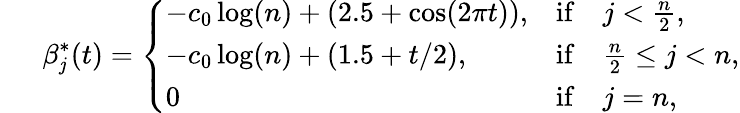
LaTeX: ~~~~~~\beta_{\mathit{j}}^{*}(t)=\left\{ \begin{array}{ll}{-c_{0}\log(n)+(2.5+\cos(2\pi t)),}&{\mathrm{if}\quad j<\frac{n}{2},}\\ {-c_{0}\log(n)+(1.5+t/2),}&{\mathrm{if}\quad\frac{n}{2}\leq j<n,}\\ {0}&{\mathrm{if}\quad j=n,}\end{array}\right.